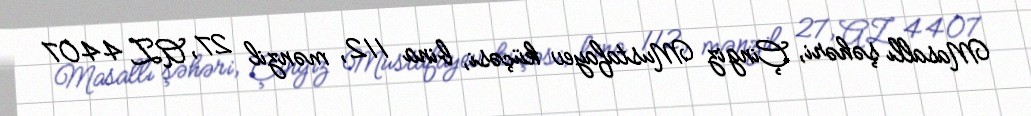
Masallı şəhəri, Çingiz Mustafayev küçəsi, bina 112, mənzil 27, AZ 4407